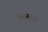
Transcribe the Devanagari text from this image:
मस्लन